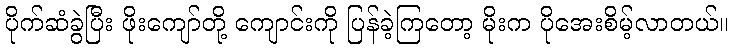
ပိုက်ဆံခွဲပြီး ဖိုးကျော်တို့ ကျောင်းကို ပြန်ခဲ့ကြတော့ မိုးက ပိုအေးစိမ့်လာတယ်။